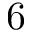
6